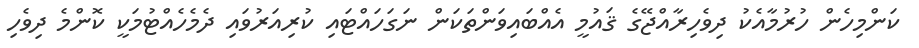
ކަންމިހެން ހުރުމާއެކު ދިވެހިރާއްޖޭގެ ޤައުމީ އެއްބައިވަންތަކަން ނަގަހައްޓައި ކުރިއަރުވައި ދެމެހެއްޓުމަކީ ކޮންމެ ދިވެހި